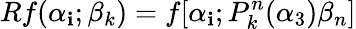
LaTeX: Rf(\alpha_{\mathbf{i}};\beta_{k})=f[\alpha_{\mathbf{i}};P_{k}^{n}(\alpha_{3})\beta_{n}]